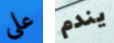
على يندم